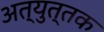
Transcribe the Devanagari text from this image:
अत्‍युत्‍तक